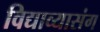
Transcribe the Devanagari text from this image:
विद्याव्यासंग